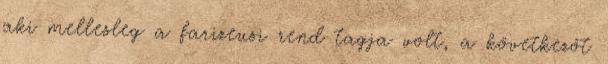
aki mellesleg a farizeusi rend tagja volt, a következőt